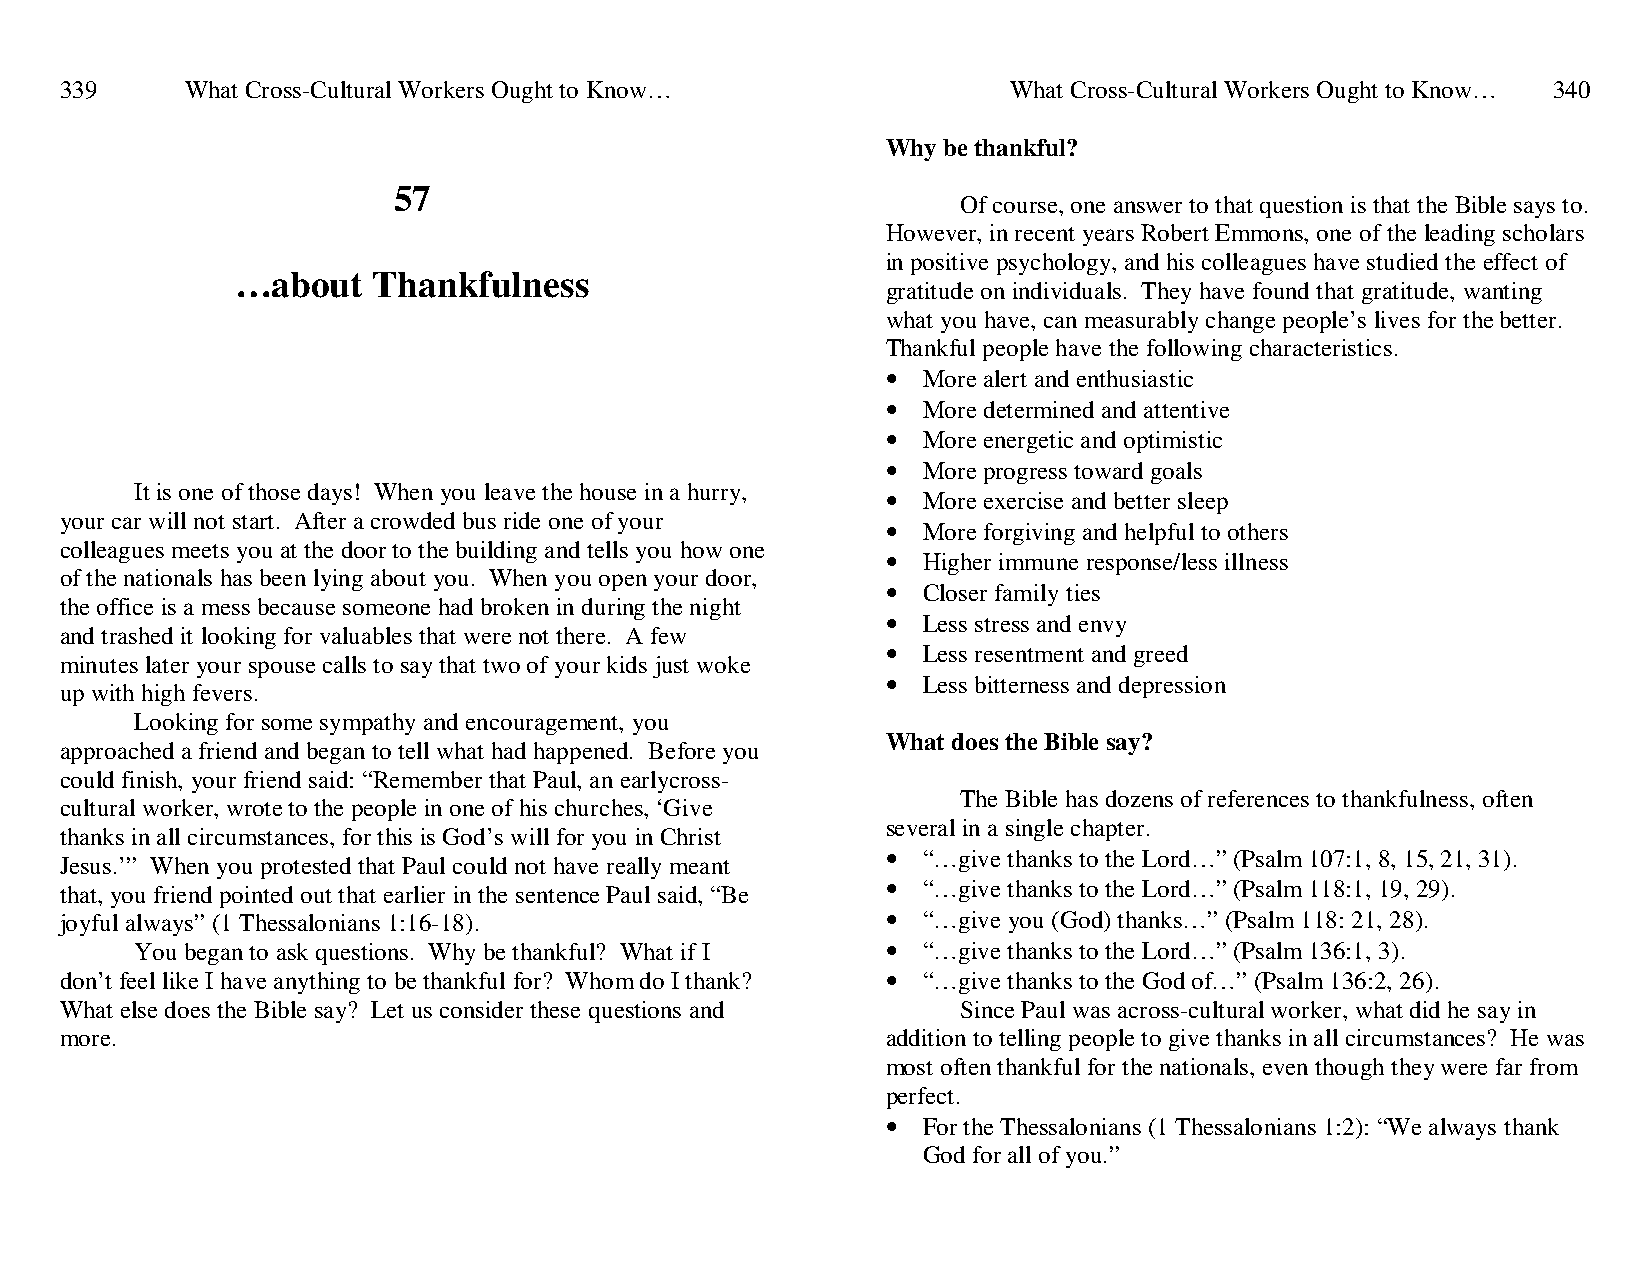
339     What Cross-Cultural Workers Ought to Know…             What Cross-Cultural Workers Ought to Know… 340
 Why be thankful?
 57
 Of course, one answer to that question is that the Bible says to.
 However, in recent years Robert Emmons, one of the leading scholars
 in positive psychology, and his colleagues have studied the effect of
 …about   Thankfulness
 gratitude on individuals. They have found that gratitude, wanting
 what you have, can measurably change people’s lives for the better.
 Thankful people have the following characteristics.
 • More alert and enthusiastic
 • More determined and attentive
 • More energetic and optimistic
 • More progress toward goals
 It is one of those days! When you leave the house in a hurry, • More exercise and better sleep
 your car will not start. After a crowded bus ride one of your • More forgiving and helpful to others
 colleagues meets you at the door to the building and tells you how one
 • Higher immune response/less illness
 of the nationals has been lying about you. When you open your door,
 • Closer family ties
 the office is a mess because someone had broken in during the night
 • Less stress and envy
 and trashed it looking for valuables that were not there. A few
 • Less resentment and greed
 minutes later your spouse calls to say that two of your kids just woke
 • Less bitterness and depression
 up with high fevers.
 Looking for some sympathy and encouragement, you
 What does the Bible say?
 approached a friend and began to tell what had happened. Before you
 could finish, your friend said: “Remember that Paul, an earlycross-
 The Bible has dozens of references to thankfulness, often
 cultural worker, wrote to the people in one of his churches, ‘Give
 several in a single chapter.
 thanks in all circumstances, for this is God’s will for you in Christ
 • “…give thanks to the Lord…” (Psalm 107:1, 8, 15, 21, 31).
 Jesus.’” When you protested that Paul could not have really meant
 that, you friend pointed out that earlier in the sentence Paul said, “Be • “…give thanks to the Lord…” (Psalm 118:1, 19, 29).
 joyful always” (1 Thessalonians 1:16-18).              • “…give you (God) thanks…” (Psalm 118: 21, 28).
 You began to ask questions. Why be thankful? What if I • “…give thanks to the Lord…” (Psalm 136:1, 3).
 don’t feel like I have anything to be thankful for? Whom do I thank? • “…give thanks to the God of…” (Psalm 136:2, 26).
 What else does the Bible say? Let us consider these questions and Since Paul was across-cultural worker, what did he say in
 more.                                                  addition to telling people to give thanks in all circumstances? He was
 most often thankful for the nationals, even though they were far from
 perfect.
 • For the Thessalonians (1 Thessalonians 1:2): “We always thank
 God for all of you.”